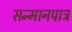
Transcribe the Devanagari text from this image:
सन्‍मानपात्र